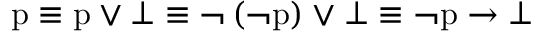
{ \mathrm { p } } \equiv { \mathrm { p } } \vee \bot \equiv \lnot \left( \lnot { \mathrm { p } } \right) \vee \bot \equiv \lnot { \mathrm { p } } \to \bot